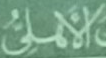
الأهلى